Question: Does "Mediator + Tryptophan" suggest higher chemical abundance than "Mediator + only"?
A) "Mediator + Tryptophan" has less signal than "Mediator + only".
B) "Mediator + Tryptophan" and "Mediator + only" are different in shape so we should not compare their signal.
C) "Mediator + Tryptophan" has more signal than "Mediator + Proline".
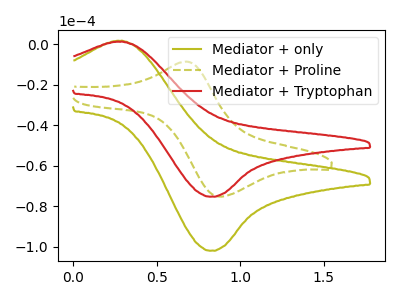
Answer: <think>The olive curve "Mediator + only" has an anodic peak at (0.25V, 1.65uA) and a cathodic peak at (0.80V, -102.05uA). The olive dashed curve "Mediator + Proline" has an anodic peak at (0.70V, -8.65uA) and a cathodic peak at (0.85V, -75.30uA). The red curve "Mediator + Tryptophan" has an anodic peak at (0.25V, 1.20uA) and a cathodic peak at (0.80V, -75.35uA).
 All the peaks in "Mediator + Tryptophan" have a peak in "Mediator + only" at the same potential. Every peak in "Mediator + Tryptophan" is lower than every peak in "Mediator + only".</think>
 <answer>A) "Mediator + Tryptophan" has less signal than "Mediator + only".</answer>
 <eval>A</eval>